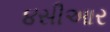
૪સીઆર